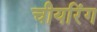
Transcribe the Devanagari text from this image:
चीयरिंग